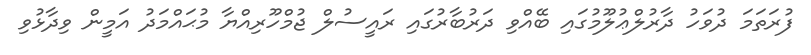
ފުރަތަމަ ދުވަހު ދާރުލްޢުލޫމުގައި ބޭއްވި ދަރުބާރުގައި ރައީސުލް ޖުމްހޫރިއްޔާ މުޙައްމަދު އަމީން ވިދާޅުވި